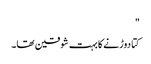
"
کتا دوڑنے کا بہت شوقین تھا۔